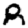
Digit: 8